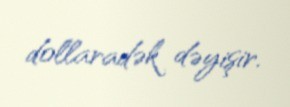
dollaradək dəyişir.